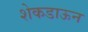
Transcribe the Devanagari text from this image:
शेकडाऊन